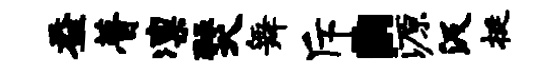
益瞢凛燹舞斥。源汲挺